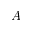
A